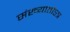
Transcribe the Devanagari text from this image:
संख्यातोऽत्र